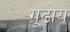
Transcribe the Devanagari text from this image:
गूढाय